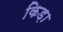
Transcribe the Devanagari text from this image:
किड़ा